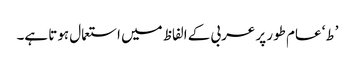
’ط‘ عام طور پر عربی کے الفاظ میں استعمال ہوتا ہے۔